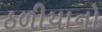
ઠળીયાનો